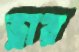
ভ্লার